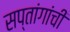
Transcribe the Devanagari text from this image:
सप्तांगांची